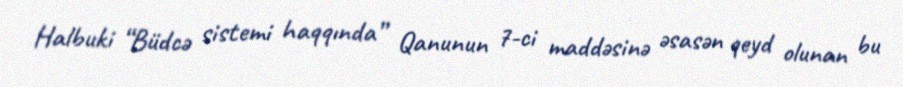
Halbuki “Büdcə sistemi haqqında” Qanunun 7-ci maddəsinə əsasən qeyd olunan bu